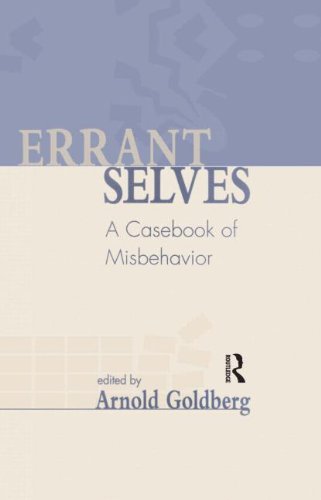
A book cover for Errant Selves: A Casebook of Misbehavior; Medical Books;